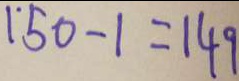
1 5 0 - 1 = 1 4 9